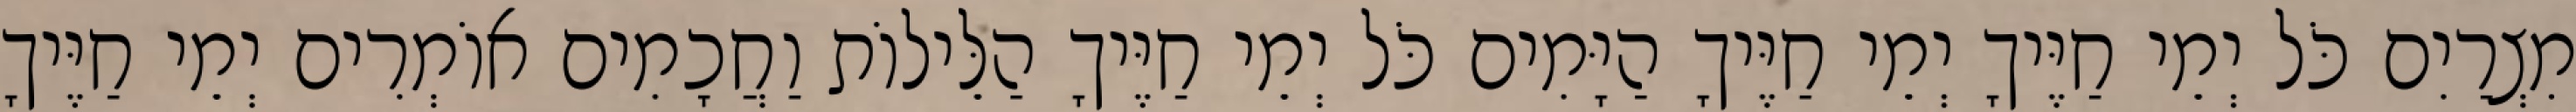
מִצְרַיִם כֹּל יְמֵי חַיֶּיךָ יְמֵי חַיֶּיךָ הַיָּמִים כֹּל יְמֵי חַיֶּיךָ הַלֵּילוֹת וַחֲכָמִים אוֹמְרִים יְמֵי חַיֶּיךָ